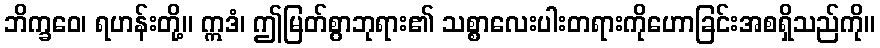
ဘိက္ခဝေ၊ ရဟန်းတို့။ ဣဒံ၊ ဤမြတ်စွာဘုရား၏ သစ္စာလေးပါးတရားကိုဟောခြင်းအစရှိသည်ကို။